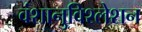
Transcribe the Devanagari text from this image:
वंशानुविश्लेशन